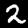
Label: 2